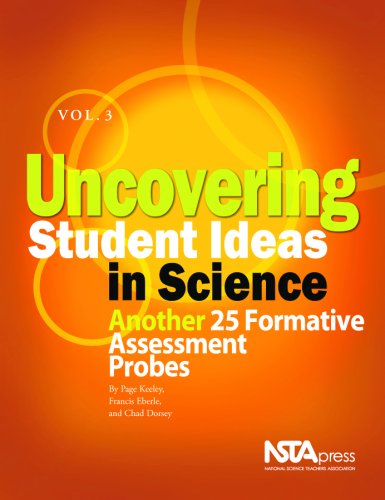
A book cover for Uncovering Student Ideas in Science, Volume 3: Another 25 Formative Assessment Probes; Page Keeley; Science & Math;